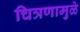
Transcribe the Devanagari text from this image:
चित्रणामुळे